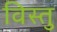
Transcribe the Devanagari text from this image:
विस्तु